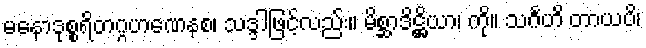
မနောဒုစ္စရိတဂ္ဂဟဏေနစ၊ သဒ္ဒါဖြင့်လည်း။ မိစ္ဆာဒိဋ္ဌိယာ၊ ကို။ သင်္ဂဟိ တာယပိ၊